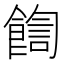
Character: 𩜺